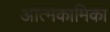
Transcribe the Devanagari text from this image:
आत्मकामिका